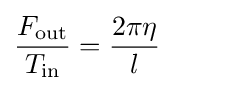
{\frac {F_{\text{out}}}{T_{\text{in}}}}={\frac {2\pi \eta }{l}}\qquad